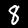
Digit: 8